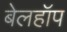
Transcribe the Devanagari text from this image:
बेलहॉप